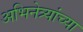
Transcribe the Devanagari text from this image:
अभिनेत्र्यांच्या